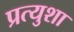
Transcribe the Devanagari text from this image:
प्रत्युशा